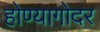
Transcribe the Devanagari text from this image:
होण्यागोदर